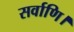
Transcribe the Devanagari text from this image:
सर्वाणि।